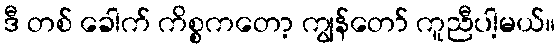
ဒီ တစ် ခေါက် ကိစ္စကတော့ ကျွန်တော် ကူညီပါ့မယ်။